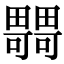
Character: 𤳴